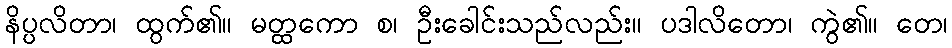
နိပ္ပလိတာ၊ ထွက်၏။ မတ္ထကော စ၊ ဦးခေါင်းသည်လည်း။ ပဒါလိတော၊ ကွဲ၏။ တေ၊